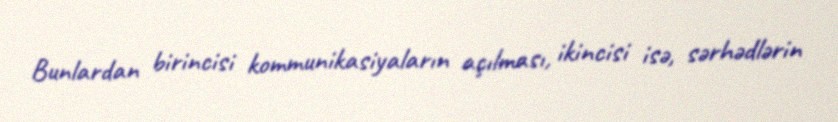
Bunlardan birincisi kommunikasiyaların açılması, ikincisi isə, sərhədlərin